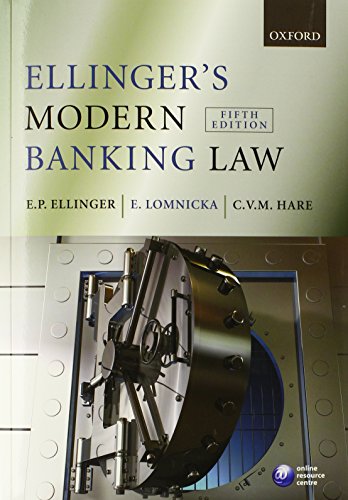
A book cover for Ellinger's Modern Banking Law; E.P. Ellinger; Law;